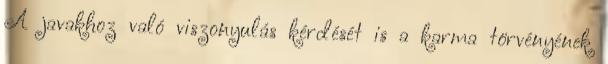
A javakhoz való viszonyulás kérdését is a karma törvényének